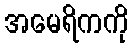
အမေရိကကို